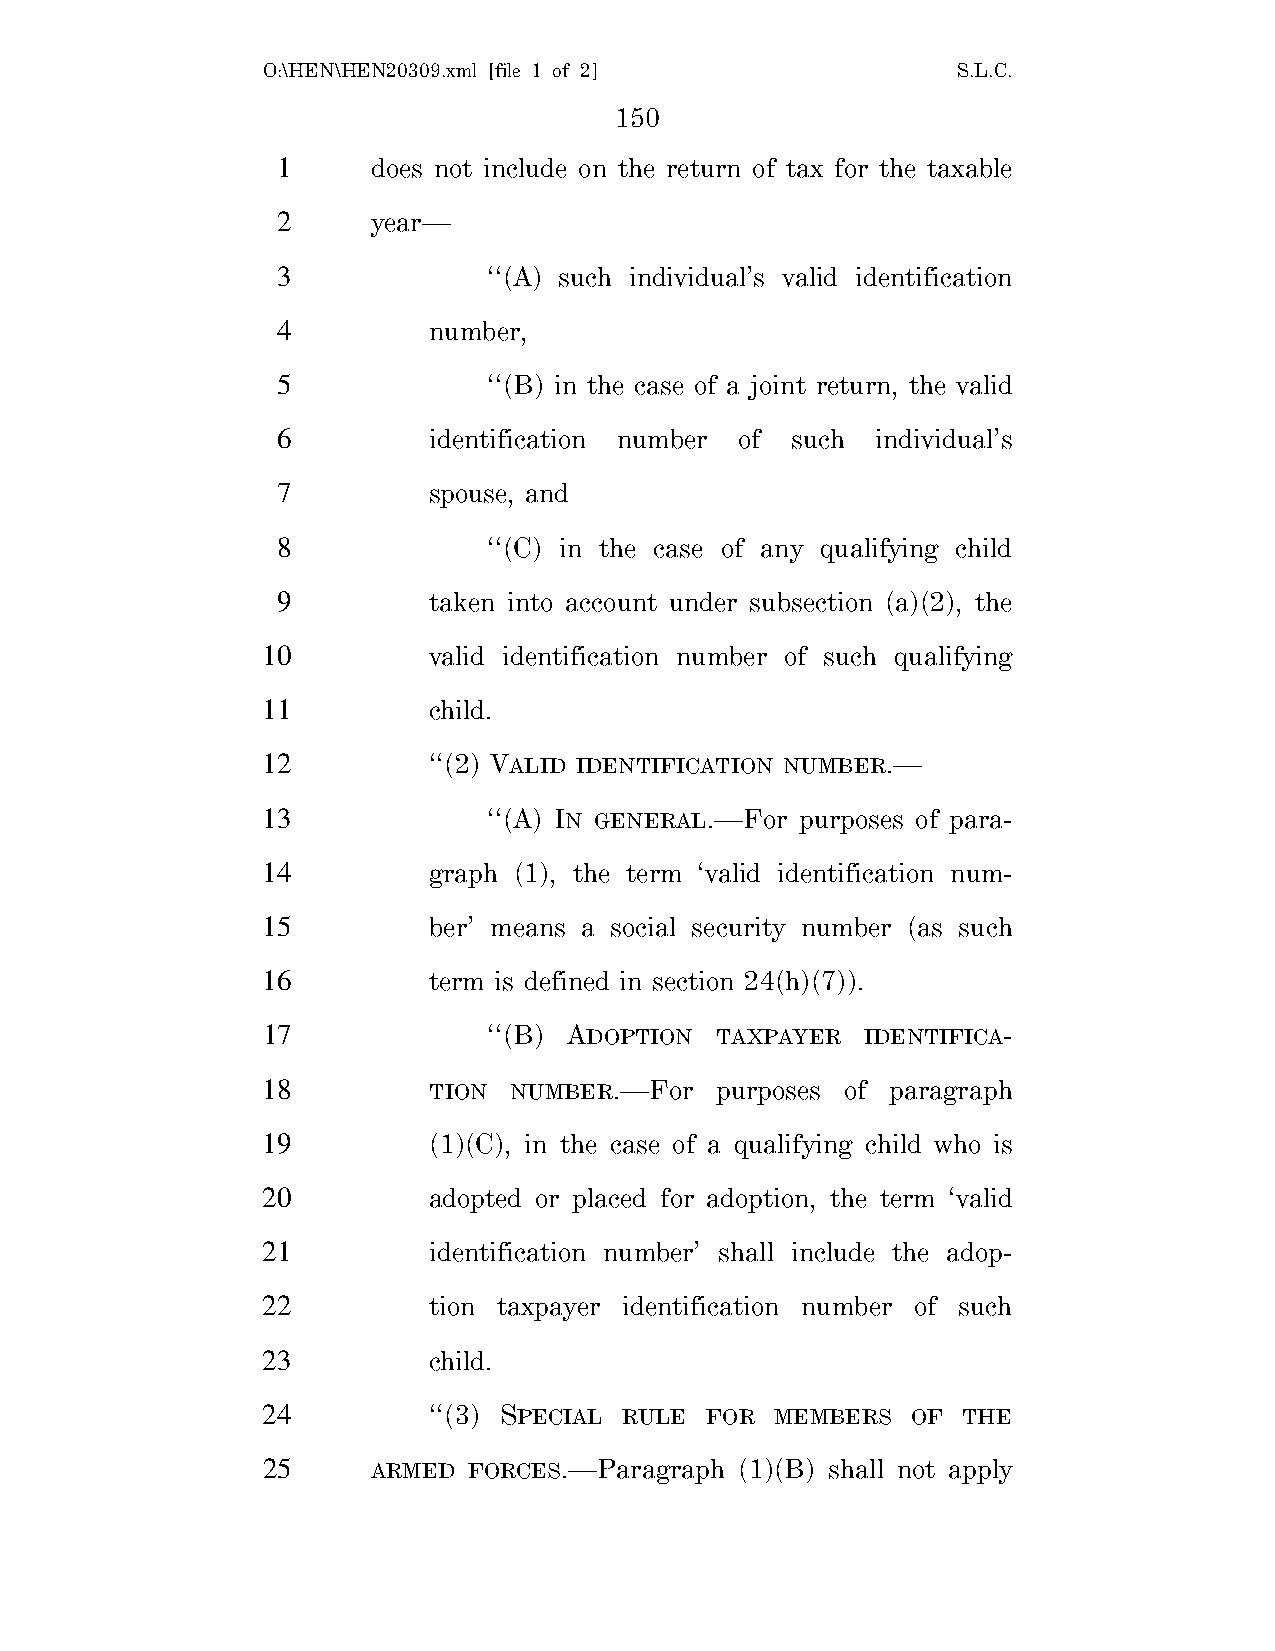
O:\HEN\HEN20309.xml [file 1 of 2]             S.L.C.
 150
 1      does not include on the return of tax for the taxable
 2      year—
 3             ‘‘(A) such individual’s valid identification
 4         number,
 5             ‘‘(B) in the case of a joint return, the valid
 6         identification number of such individual’s
 7         spouse, and
 8             ‘‘(C) in the case of any qualifying child
 9         taken into account under subsection (a)(2), the
 10         valid identification number of such qualifying
 11         child.
 12         ‘‘(2) VALID IDENTIFICATION NUMBER.—
 13             ‘‘(A) IN GENERAL.—For purposes of para-
 14         graph (1), the term ‘valid identification num-
 15         ber’ means a social security number (as such
 16         term is defined in section 24(h)(7)).
 17             ‘‘(B) ADOPTION TAXPAYER  IDENTIFICA-
 18         TION  NUMBER.—For  purposes of paragraph
 19         (1)(C), in the case of a qualifying child who is
 20         adopted or placed for adoption, the term ‘valid
 21         identification number’ shall include the adop-
 22         tion taxpayer identification number of such
 23         child.
 24         ‘‘(3) SPECIAL RULE FOR MEMBERS  OF  THE
 25      ARMED FORCES.—Paragraph (1)(B) shall not apply